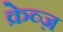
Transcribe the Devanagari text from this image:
क्रेव्ज़